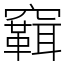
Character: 䇀